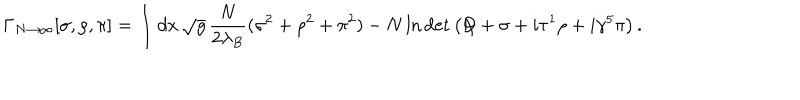
\Gamma _ { N \rightarrow \infty } [ \sigma , \rho , \pi ] = \int d x \, \sqrt { g } \, \frac { N } { 2 \lambda _ { B } } ( \sigma ^ { 2 } + \rho ^ { 2 } + \pi ^ { 2 } ) - N \ln \det \left( \not { \! \! D } + \sigma + i \tau ^ { 1 } \rho + i \gamma ^ { 5 } \pi \right) .